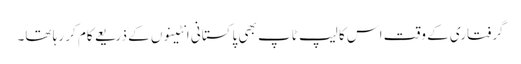
گرفتاری کے وقت اس کا لیپ ٹاپ بھی پاکستانی انٹینوں کے ذریعے کام کر رہا تھا۔